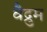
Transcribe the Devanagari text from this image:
वैद्रुम